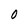
Character: 0